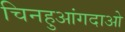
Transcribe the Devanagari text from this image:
चिनहुआंगदाओ